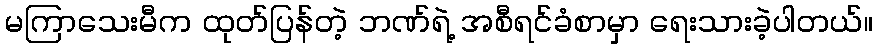
မကြာသေးမီက ထုတ်ပြန်တဲ့ ဘဏ်ရဲ့ အစီရင်ခံစာမှာ ရေးသားခဲ့ပါတယ်။